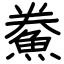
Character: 鮝